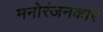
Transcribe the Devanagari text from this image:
मनोरंजनकार